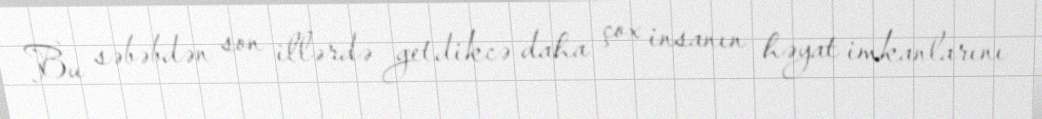
Bu səbəbdən son illərdə getdikcə daha çox insanın həyat imkanlarını